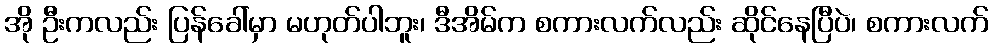
အို ဦးကလည်း ပြန်ခေါ်မှာ မဟုတ်ပါဘူး၊ ဒီအိမ်က စကားလက်လည်း ဆိုင်နေပြီပဲ၊ စကားလက်